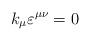
LaTeX: \begin{align*}k_\mu \varepsilon^{\mu \nu} = 0\end{align*}